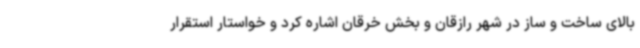
بالای ساخت و ساز در شهر رازقان و بخش خرقان اشاره کرد و خواستار استقرار